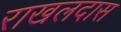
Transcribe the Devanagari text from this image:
राखलदास